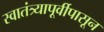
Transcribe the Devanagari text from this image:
स्वातंत्र्यापूर्वीपासून